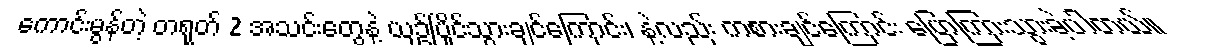
ကောင်းမွန်တဲ့ တရုတ် 2 အသင်းတွေနဲ့ ယှဥ်ပြိုင်သွားချင်ကြောင်း၊ နဲ့လည်း ကစားချင်ကြောင်း ပြောကြားသွားခဲ့ပါတယ်။